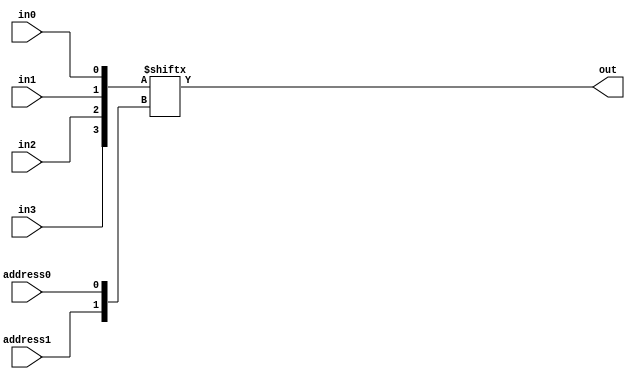
// define gates with delays
`define AND and #50
`define OR or #50
`define NOT not #50

module behavioralMultiplexer(out, address0,address1, in0,in1,in2,in3);
  output out;
  input address0, address1;
  input in0, in1, in2, in3;
  wire[3:0] inputs = {in3, in2, in1, in0};
  wire[1:0] address = {address1, address0};
  assign out = inputs[address];
endmodule

module structuralMultiplexer(out, address0,address1, in0,in1,in2,in3);
  output out;
  input address0, address1;
  input in0, in1, in2, in3;
  wire nA0;
  wire nA1;
  `NOT A0inv(nA0, address0);
  `NOT A1inv(nA1, address1);
  wire A0andA1;
  wire nA0andA1;
  wire nA0andnA1;
  wire A0andnA1;
  `AND and1(nA0andnA1, nA0, nA1);
  `AND and2(A0andnA1, address0, nA1);
  `AND and3(nA0andA1, nA0, address1);
  `AND and4(A0andA1, address0, address1);
  wire in0andnA0andnA1;
  wire in1andA0andnA1;
  wire in2andnA0andA1;
  wire in3andA0andA1;
  `AND and5(in0andnA0andnA1, in0, nA0andnA1);
  `AND and6(in1andA0andnA1, in1, A0andnA1);
  `AND and7(in2andnA0andA1, in2, nA0andA1);
  `AND and8(in3andA0andA1, in3, A0andA1);
  `OR orgate(out,in0andnA0andnA1,in1andA0andnA1,in2andnA0andA1,in3andA0andA1);
endmodule


module testMultiplexer;
  reg addr0, addr1;
  wire out;
  reg in0,in1,in2,in3;
  //behavioralMultiplexer multiplexer (out,addr0,addr1,in0,in1,in2,in3);
  structuralMultiplexer multiplexer (out,addr0,addr1,in0,in1,in2,in3);

  initial begin
    $dumpvars(0,testMultiplexer);
    $display("A0 A1| I0 I1 I2 I3 | O | Expected Output");
    addr0=0;addr1=0;in0=1;in1=0;in2=0;in3=0; #1000
    $display("%b  %b |  %b  %b  %b  %b | %b | 1", addr0, addr1, in0, in1, in2, in3, out);
    addr0=1;addr1=0;in0=0;in1=1;in2=0;in3=0; #1000
    $display("%b  %b |  %b  %b  %b  %b | %b | 1", addr0, addr1, in0, in1, in2, in3, out);
    addr0=0;addr1=1;in0=0;in1=0;in2=1;in3=0; #1000
    $display("%b  %b |  %b  %b  %b  %b | %b | 1", addr0, addr1, in0, in1, in2, in3, out);
    addr0=1;addr1=1;in0=0;in1=0;in2=0;in3=1; #1000
    $display("%b  %b |  %b  %b  %b  %b | %b | 1", addr0, addr1, in0, in1, in2, in3, out);
  end
endmodule